Vaccination returns of the Province of Eastern Bengal and Assam - 1905-1912
Year: 1905
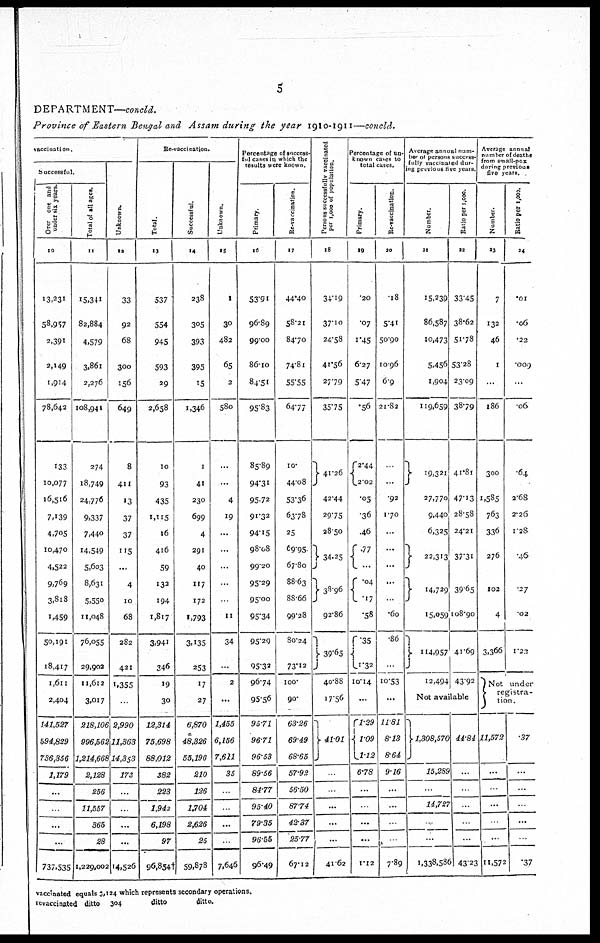
5
DEPARTMENT—concld.
Province of Eastern Bengal and Assam during the year 1910-1911—concld.
vaccination.
Successful.
Over one and
under six years.
10
13,231
58,957
2,391
2,149
1,914
78,642
133
10,077
16,516
7,139
4,705
10,470
4,522
9,769
3,818
1,459
50,191
18,417
1,611
2,404
141,527
594,829
736,356
1,179
...
...
...
...
737,535
Total of all ages.
11
15,341
82,884
4,579
3,861
2,276
108,941
274
18,749
24,776
9,337
7,440
14,549
5,603
8,631
5,550
11,048
76,055
29,902
11,612
3,017
218,106
996,562
1,214,668
2,128
256
11,557
365
28
1,229,002
Unknown.
12
33
92
68
300
156
649
8
411
13
37
37
115
...
4
10
68
282
421
1,355
...
2,990
11,363
14,353
173
...
...
...
...
14,526
Re-vaccination.
Total.
13
537
554
945
593
29
2,658
10
93
435
1,115
16
416
59
132
194
1,817
3,941
346
19
30
12,314
75,698
88,012
382
223
1,942
6,198
97
96,854†
Successful.
14
238
305
393
395
15
1,346
1
41
230
699
4
291
40
117
172
1,793
3,135
253
17
27
6,870
48,326
55,196
210
126
1,704
2,626
25
59,878
Unknown.
15
1
30
482
65
2
580
...
...
4
19
...
...
...
...
...
11
34
...
2
...
1,455
6,156
7,611
35
...
...
...
...
7,646
Percentage of success-
ful cases in which the
results were known.
Primary.
16
53.91
96.89
99.00
86.10
84.51
95.83
85.89
94.31
95.72
91.32
94.15
98.08
99.20
95.29
95.00
95.34
95.29
95.32
96.74
95.56
95.71
96.71
96.53
89.56
84.77
95.40
79.35
96.55
96.49
Re-vaccination.
17
44.40
58.21
84.70
74.81
55.55
64.37
10.
44.08
53.36
63.78
25
69.95
67.80
88.63
88.66
99.28
80.24
73.12
100.
90.
63.26
69.49
68.65
57.92
56.50
87.74
42.37
25.77
67.12
Persons successfully vaccinated
per 1,000 of population.
18
34.19
37.10
24.58
41.56
27.79
35.75
41.26
42.44
29.75
28.50
34.25
38.96
92.86
39.65
40.88
17.56
41.01
...
...
...
...
41.62
Percentage of un-
known cases to
total cases.
Primary.
19
.20
.07
1.45
6.27
5.47
.56
2.44
2.02
.05
.36
.46
.77
...
.04
.17
.58
.35
1.32
10.14
...
1.29
1.09
1.12
6.78
...
...
...
...
1.12
Re-vaccination.
20
.18
5.41
50.90
10.96
6.9
21.82
...
...
.92
1.70
...
...
...
...
...
.60
.86
...
10.53
...
11.81
8.13
8.64
9.16
...
...
...
.
7.89
Average annual num-
ber of persons success-
fully vaccinated dur-
ing previous five years.
Number.
21
15,239
86,587
10,473
5,456
1,904
119,659
19,321
27,770
9,440
6,325
22,313
14,729
15,059
114,957
12,494
Ratio per 1,000.
22
33.45
38.62
51.78
53.28
23.09
38.79
41.81
47.13
28.58
24.21
37.31
39.65
108.90
41.69
43.92
Not available
1,308,570
15,289
...
14,727
...
...
1,338,586
44.84
...
...
...
...
...
43.23
Average annual
number of deaths
from small-pox
during previous
five years.
Number.
23
7
132
46
1
...
186
300
1,585
763
336
276
102
4
3,366
Ratio per 1,000.
24
.01
.06
.22
.009
...
.06
.64
2.68
2.26
1.28
.46
.27
.02
1.22
Not under
registra-
tion.
11,572
...
...
...
...
...
11,572
.37
...
...
...
...
...
.37
vaccinated equals 3,124 which represents secondary operations.
revaccinated ditto 304
ditto
ditto.